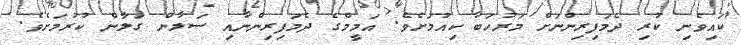
ކައިވެނި ކުރި ދެމަފިރިންނަށް މަރުހަބާ ކިއުމަށެވެ. އަމީމްގެ ދެމަފިރިންނާއި ސަލާން ގަލާން ކުރުމަށެވެ.